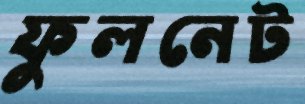
ফুলনেট